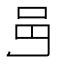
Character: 𨙨